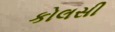
કોલસી